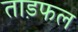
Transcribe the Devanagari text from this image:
ताड़फल